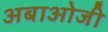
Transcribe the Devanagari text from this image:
अबाओजी